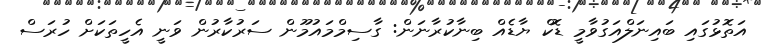
އަތޮޅުގައި ބައިނަލްއަގުވާމީ ޑޮކް ޔާޑެއް ބިނާކުރާނަން: ގާސިމްމައުމޫން ސަރުކާރުން ވަނީ އެހީތަކަށް ހުރަސް